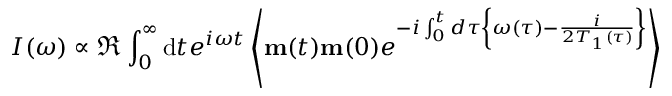
I ( \omega ) \propto \Re \int _ { 0 } ^ { \infty } \mathrm { d } t e ^ { i \omega t } \left\langle \mathbf { m } ( t ) \mathbf { m } ( 0 ) e ^ { - i \int _ { 0 } ^ { t } d \tau \left\{ \omega ( \tau ) - \frac { i } { 2 T _ { 1 } ( \tau ) } \right\} } \right\rangle